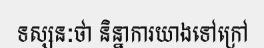
ទស្សនៈថា និន្នាការយាងទៅក្រៅ